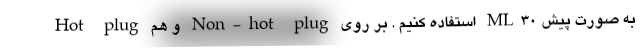
Hot plug و هم Non-hot plug استفاده کنیم . بر روی ML30 به صورت پیش